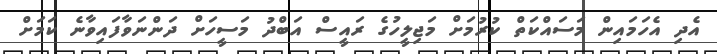
އެދި އެހަމައިން މަސައްކަތް ކުރުމަށް މަޖިލީހުގެ ރައީސް އަބްދު މަސީހަށް ދަންނަވާފައިވާނެ ކަމަށް